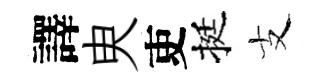
譯㬰吏挺支